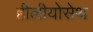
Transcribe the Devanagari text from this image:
हीलीयोसेथ